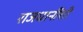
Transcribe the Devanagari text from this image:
राजधानींशी